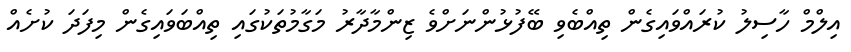
އިލްމް ހާސިލު ކުރައްވައިގެން ތިއްބެވި ބޭފުޅުންނަށްވެ ޒިންމާދާރު މަގާމުތަކުގައި ތިއްބަވައިގެން މިފަދަ ކުށެއް